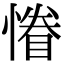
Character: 慻